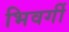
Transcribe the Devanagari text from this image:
भिवर्गी